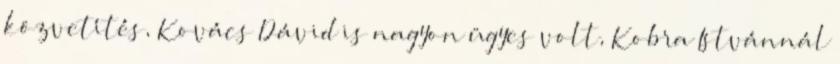
közvetítés, Kovács Dávid is nagyon ügyes volt, Kobra Istvánnál